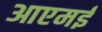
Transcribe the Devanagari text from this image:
आएमई